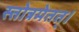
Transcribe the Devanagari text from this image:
स्तोत्रमेतत्।